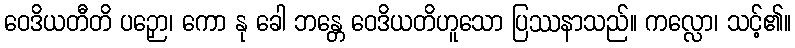
ဝေဒိယတီတိ ပဉှော၊ ကော နု ခေါ ဘန္တေ ဝေဒိယတိဟူသော ပြဿနာသည်။ ကလ္လော၊ သင့်၏။